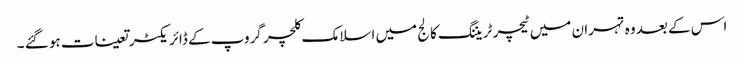
اس کے بعد وہ تہران میں ٹیچر ٹریننگ کالج میں اسلامک کلچر گروپ کے ڈائریکٹر تعینات ہو گئے ۔